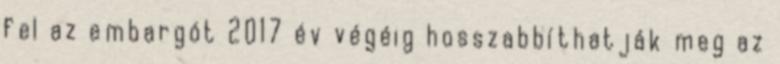
fel az embargót 2017 év végéig hosszabbíthatják meg az